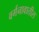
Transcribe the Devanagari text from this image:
वर्गनावातील